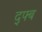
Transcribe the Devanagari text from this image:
द्फ्ब